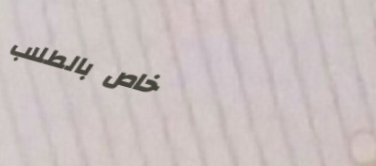
خاص بالطلاب